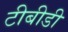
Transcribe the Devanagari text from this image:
टीबीडी